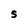
Character: S